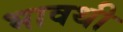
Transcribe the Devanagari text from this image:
भावथी